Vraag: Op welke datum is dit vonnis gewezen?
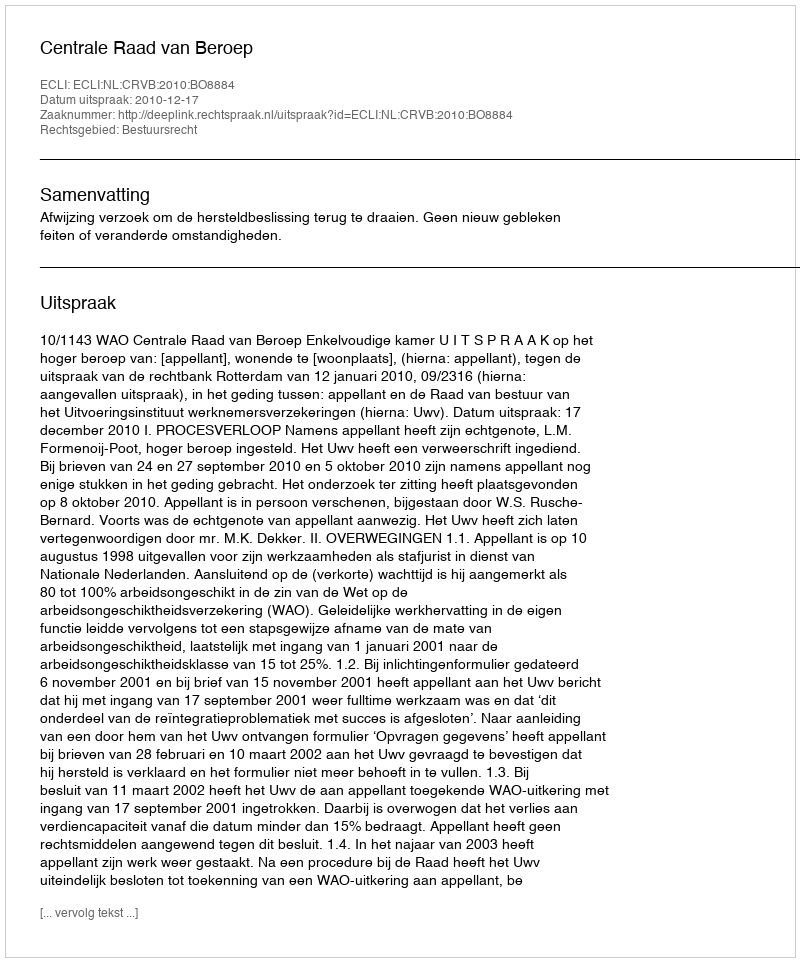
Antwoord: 2010-12-17